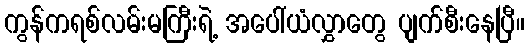
ကွန်ကရစ်လမ်းမကြီးရဲ့ အပေါ်ယံလွှာတွေ ပျက်စီးနေပြီ။